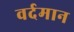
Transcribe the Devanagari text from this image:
वर्दमान